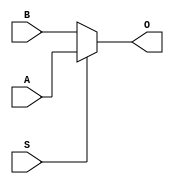
`timescale 1ns / 1ps
//////////////////////////////////////////////////////////////////////////////////
// Company: 
// Engineer: 
// 
// Design Name: 
// Module Name:    Mux2_1_5 
// Project Name: 
// Target Devices: 
// Tool versions: 
// Description: 
//
// Dependencies: 
//
// Revision: 
// Revision 0.01 - File Created
// Additional Comments: 
//
//////////////////////////////////////////////////////////////////////////////////
module Mux2_1_5(A,B,S,O
    );
input [0:4] A,B;
input S;
output [0:4] O;

assign O = S? A:B;


endmodule